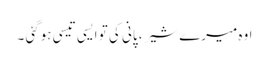
اوہ میرے شیر، پانی کی تو ایسی تیسی ہوگئی ۔